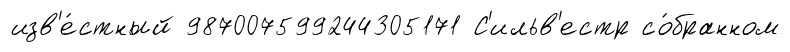
изв'е́стный 987007599244305171 С'ильв'естр со́бранном